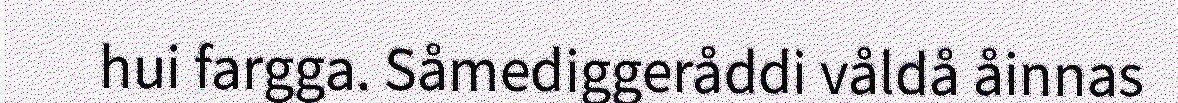
hui fargga. Såmediggeråddi våldå åinnas